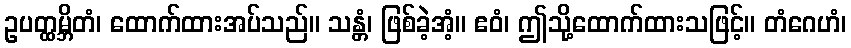
ဥပတ္ထမ္ဘိတံ၊ ထောက်ထားအပ်သည်။ သန္တံ၊ ဖြစ်ခဲ့အံ့။ ဧဝံ၊ ဤသို့ထောက်ထားသဖြင့်။ တံဂေဟံ၊